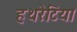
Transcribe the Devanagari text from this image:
हथरेटिया